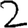
Digit: 2